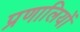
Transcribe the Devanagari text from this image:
प्रणालियों